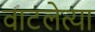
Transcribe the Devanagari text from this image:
वाटलेत्या